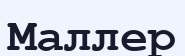
Маллер